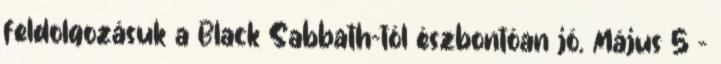
feldolgozásuk a Black Sabbath-tól észbontóan jó. Május 5 -